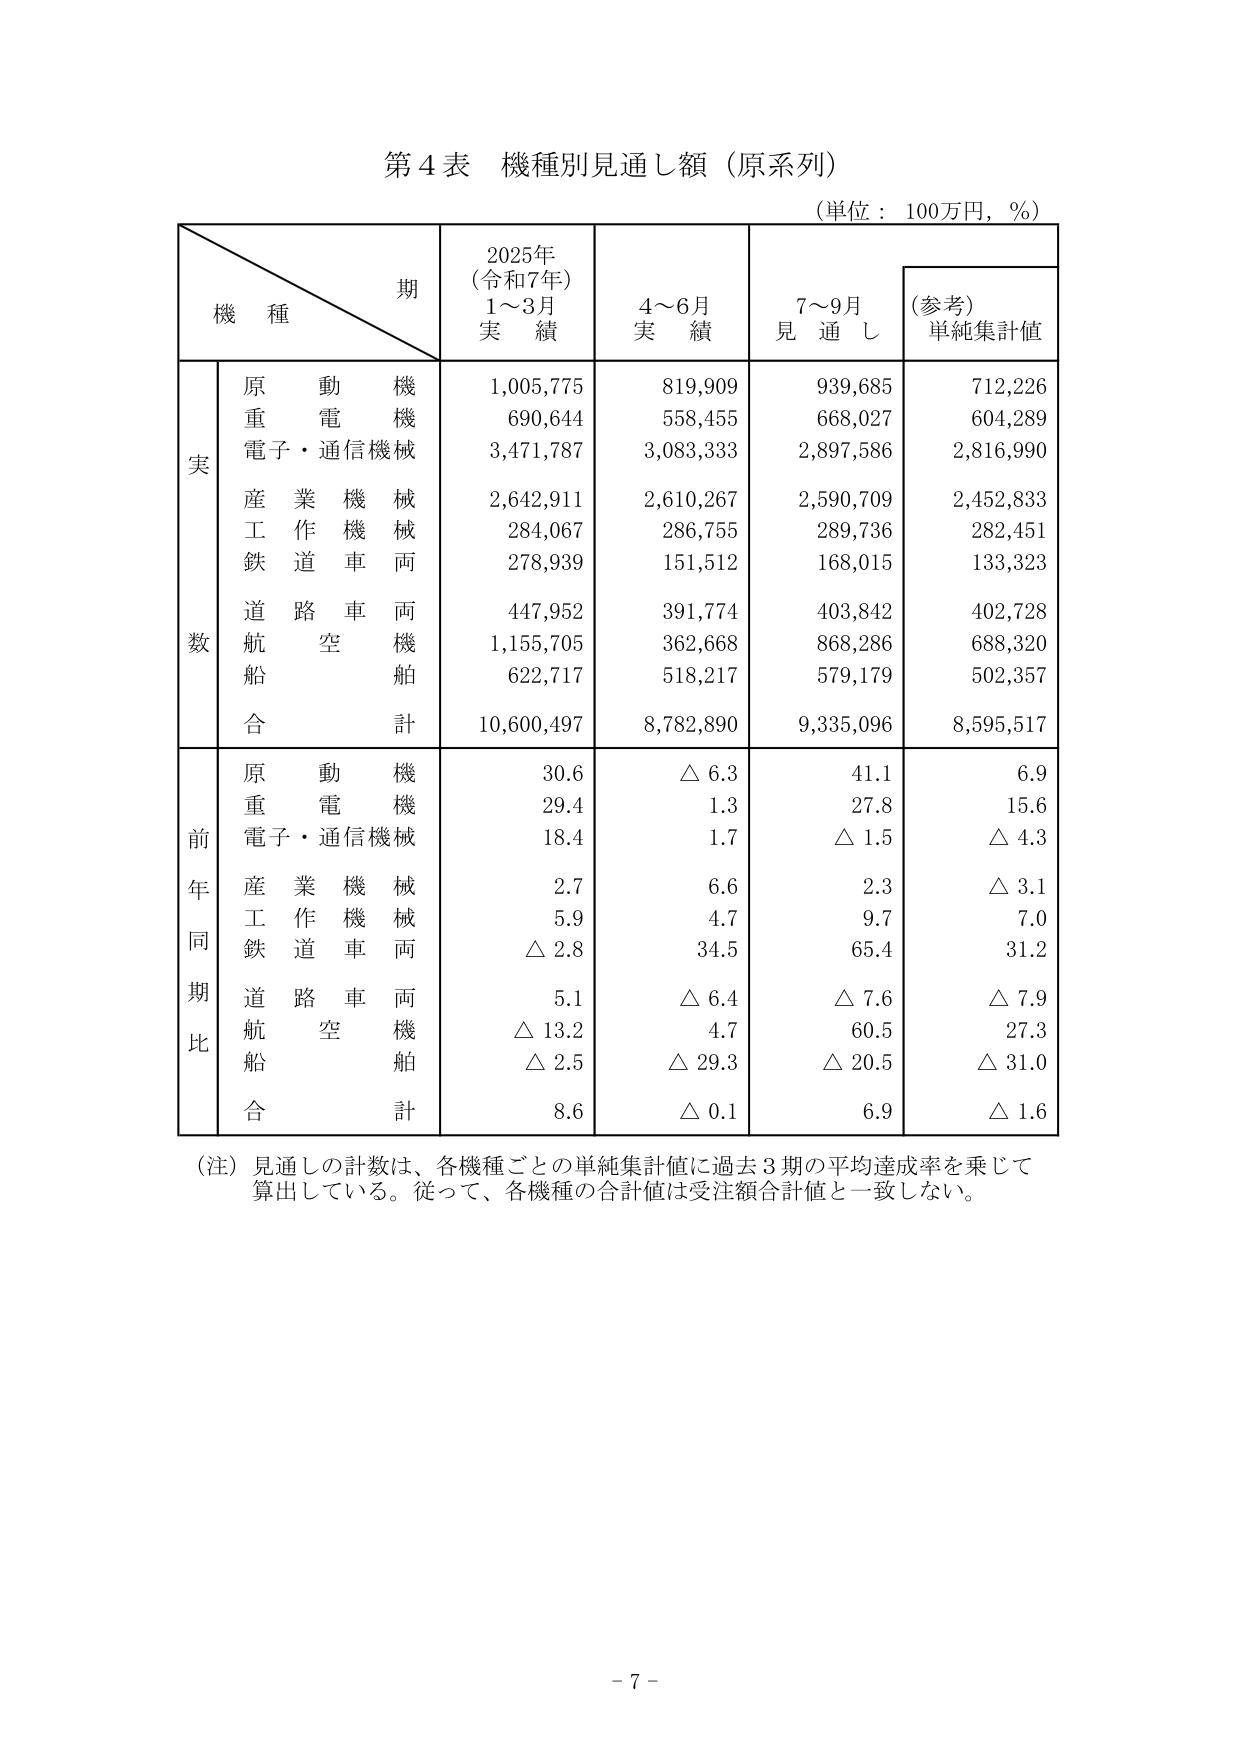
第４表 機種別見通し額（原系列）
（単位：100万円，％）

期
機 種
2025年
（令和7年）
1～3月
実 績
4～6月
実 績
7～9月
見 通 し
（参考）
単純集計値

実
数
原動機
重電機
電子・通信機械
産業機械
工作機械
鉄道車両
道路車両
航空機
船舶
合計
1,005,775
690,644
3,471,787
2,642,911
284,067
278,939
447,952
1,155,705
622,717
10,600,497
819,909
558,455
3,083,333
2,610,267
286,755
151,512
391,774
362,668
518,217
8,782,890
939,685
668,027
2,897,586
2,590,709
289,736
168,015
403,842
868,286
579,179
9,335,096
712,226
604,289
2,816,990
2,452,833
282,451
133,323
402,728
688,320
502,357
8,595,517

前年同期比
原動機
重電機
電子・通信機械
産業機械
工作機械
鉄道車両
道路車両
航空機
船舶
合計
30.6
29.4
18.4
2.7
5.9
△ 2.8
5.1
△ 13.2
△ 2.5
8.6
△ 6.3
1.3
1.7
6.6
4.7
34.5
△ 6.4
4.7
△ 29.3
△ 0.1
41.1
27.8
△ 1.5
2.3
9.7
65.4
△ 7.6
60.5
△ 20.5
6.9
6.9
15.6
△ 4.3
△ 3.1
7.0
31.2
△ 7.9
27.3
△ 31.0
△ 1.6

（注）見通しの計数は、各機種ごとの単純集計値に過去３期の平均達成率を乗じて算出している。従って、各機種の合計値は受注額合計値と一致しない。

- 7 -